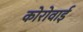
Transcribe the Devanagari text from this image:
कोरोवाई